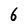
Character: 6